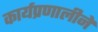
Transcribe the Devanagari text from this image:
कार्यप्रणालीने